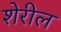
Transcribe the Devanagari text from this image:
शेरील